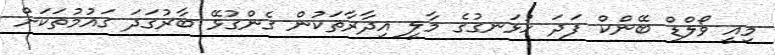
މިއީ ވޯލްޑް ބޭންކް ފަދަ ހުޅަނގުގެ މާލީ އިދާރާތަކުން ގެންގުޅޭ ބާރުގަދަ ގައުމުތަކަށް